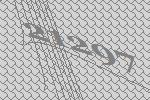
21297